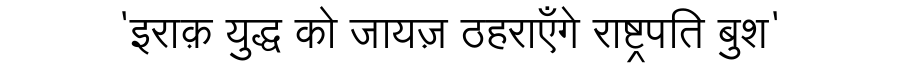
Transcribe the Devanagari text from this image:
'इराक़ युद्ध को जायज़ ठहराएँगे राष्ट्रपति बुश'